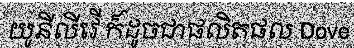
យូនីលីវើ ក៏ដូចជាផលិតផល Dove